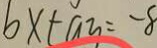
b x + a _ { 3 } = - 8